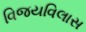
વિજયવિલાસ